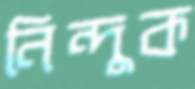
নিন্দুক